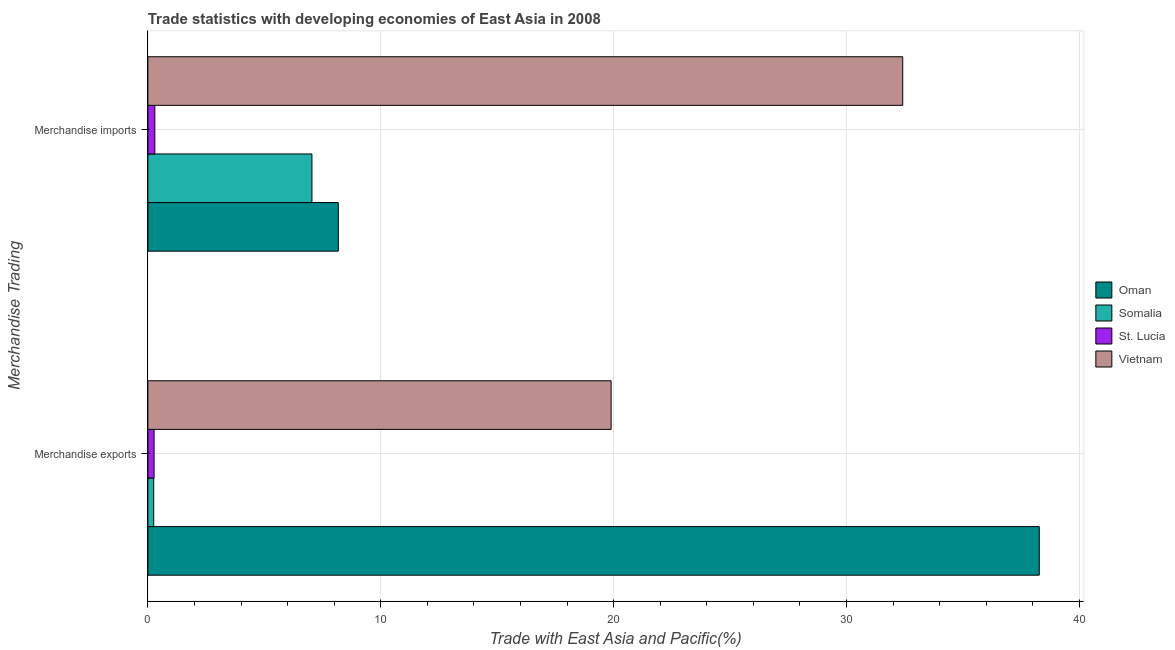
| Merchandise Trading | Oman | Somalia | St. Lucia | Vietnam |
 | --- | --- | --- | --- | --- |
 | Merchandise exports | 38.3 | 0.251 | 0.267 | 19.9 |
 | Merchandise imports | 8.18 | 7.04 | 0.299 | 32.4 |